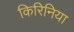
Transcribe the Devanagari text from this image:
किरिनिया